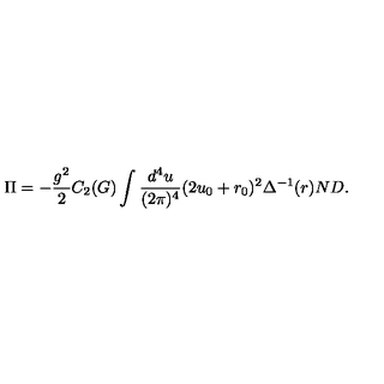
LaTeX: \Pi = - \frac { g ^ { 2 } } { 2 } C _ { 2 } ( G ) \int \frac { d ^ { 4 } u } { ( 2 \pi ) ^ { 4 } } ( 2 u _ { 0 } + r _ { 0 } ) ^ { 2 } \Delta ^ { - 1 } ( r ) N D .